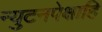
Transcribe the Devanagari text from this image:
न्युटनपेक्षाहि